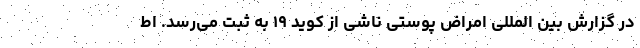
در گزارش بین المللی امراض پوستی ناشی از کوید ۱۹ به ثبت می‌رسد. اط